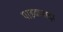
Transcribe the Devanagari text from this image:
पाइकपाड़ा